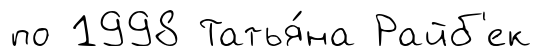
по 1998 Татья́на Райб'ек